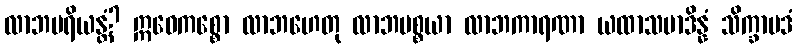
လာဘပရိယန္တံ? ဣဓေကစ္စော လာဘဟေတု လာဘပစ္စယာ လာဘကာရဏာ ယထာသမာဒိန္နံ သိက္ခာပဒံ